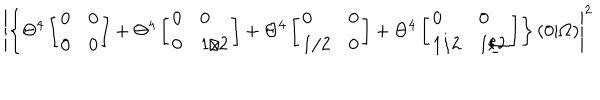
LaTeX: \left| \left\{ \Theta ^ { 4 } \left[ \begin{array} { l l } { { 0 } } & { { 0 } } \\ { { 0 } } & { { 0 } } \\ \end{array} \right] + \Theta ^ { 4 } \left[ \begin{array} { l l } { { 0 } } & { { 0 } } \\ { { 0 } } & { { 1 / 2 } } \\ \end{array} \right] + \Theta ^ { 4 } \left[ \begin{array} { l l } { { 0 } } & { { 0 } } \\ { { 1 / 2 } } & { { 0 } } \\ \end{array} \right] + \Theta ^ { 4 } \left[ \begin{array} { l l } { { 0 } } & { { 0 } } \\ { { 1 / 2 } } & { { 1 / 2 } } \\ \end{array} \right] \right\} ( 0 \vert \Omega ) \right| ^ { 2 }